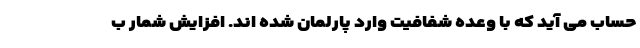
حساب می آید که با وعده شفافیت وارد پارلمان شده اند. افزایش شمار ب